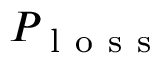
P _ { \mathrm { ~ l ~ o ~ s ~ s ~ } }